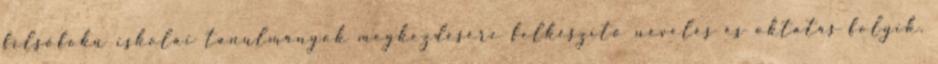
felsőfokú iskolai tanulmányok megkezdésére felkészítő nevelés és oktatás folyik.